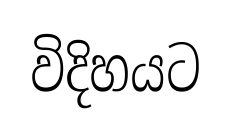
විදිහයට